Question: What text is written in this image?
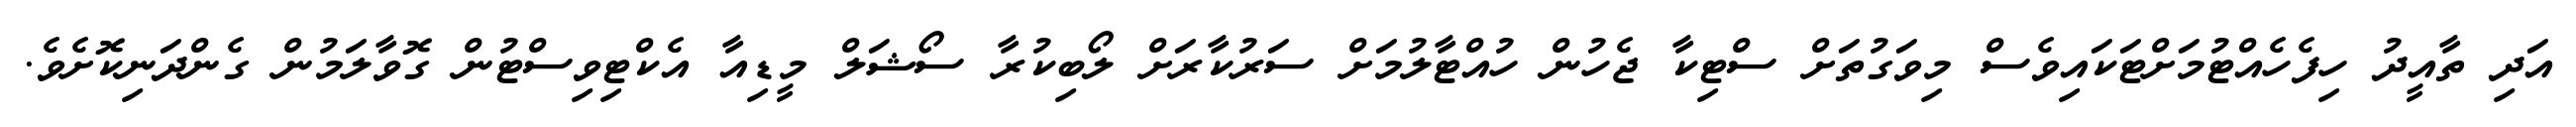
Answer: އަދި ތާއީދު ހިފެހެއްޓުމަށްޓަކައިވެސް މިވަގުތަށް ސްޓިކާ ޖެހުން ހުއްޓާލުމަށް ސަރުކާރަށް ލޯބިކުރާ ސޯޝަލް މީޑިއާ އެކްޓިވިސްޓުން ގޮވާލަމުން ގެންދަނިކޮށެވެ.